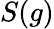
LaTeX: S(g)